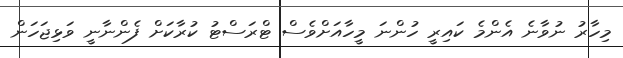
މިހާރު ނުވާނެ އެންމެ ކައިރީ ހުންނަ މީހާއަށްވެސް ޓްރަސްޓު ކުރާކަށް ފެންނާނީ ވަޅިޖަހަން